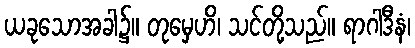
ယခုသောအခါ၌။ တုမှေဟိ၊ သင်တို့သည်။ ရာဂါဒီနံ၊